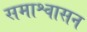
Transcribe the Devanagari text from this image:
समाश्वासन